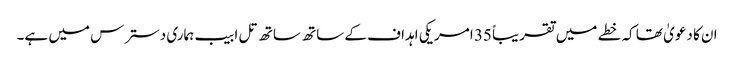
ان کا دعویٰ تھا کہ خطے میں تقریباً 35 امریکی اہداف کے ساتھ ساتھ تل ابیب ہماری دسترس میں ہے۔